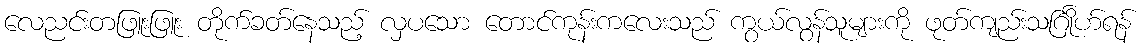
လေညင်းတဖြူးဖြူး တိုက်ခတ်နေသည့် လှပသော တောင်ကုန်းကလေးသည် ကွယ်လွန်သူများကို ဖုတ်ကျည်းသင်္ဂြိုဟ်ရန်